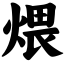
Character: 煨